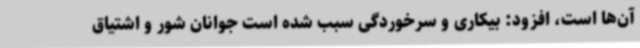
آن‌ها است، افزود: بیکاری و سرخوردگی سبب شده است جوانان شور و اشتیاق